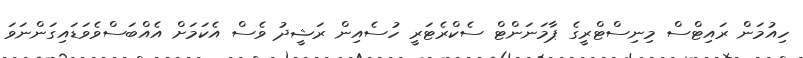
ހިއުމަން ރައިޓްސް މިނިސްޓްރީގެ ޕާމަނަންޓް ސެކްރެޓަރީ ހުސެއިން ރަޝީދު ވެސް އެކަމަށް އެއްބަސްވެވަޑައިގަންނަވަ